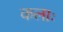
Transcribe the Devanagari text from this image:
कलाः